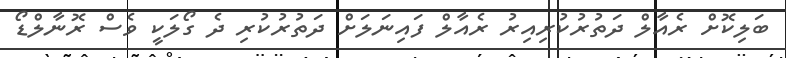
ބަލިކޮށް ރެއާލް ދަތުރުކުރިއިރު ރެއާލް ފައިނަލަށް ދަތުރުކުރި ދެ ގޯލަކީ ވެސް ރޮނާލްޑޯ